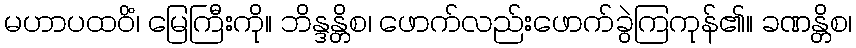
မဟာပထဝိံ၊ မြေကြီးကို။ ဘိန္ဒန္တိစ၊ ဖောက်လည်းဖောက်ခွဲကြကုန်၏။ ခဏန္တိစ၊